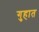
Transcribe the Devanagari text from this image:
गुहात